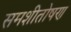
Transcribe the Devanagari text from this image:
समशीतोषण